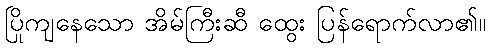
ပြိုကျနေသော အိမ်ကြီးဆီ ထွေး ပြန်ရောက်လာ၏။